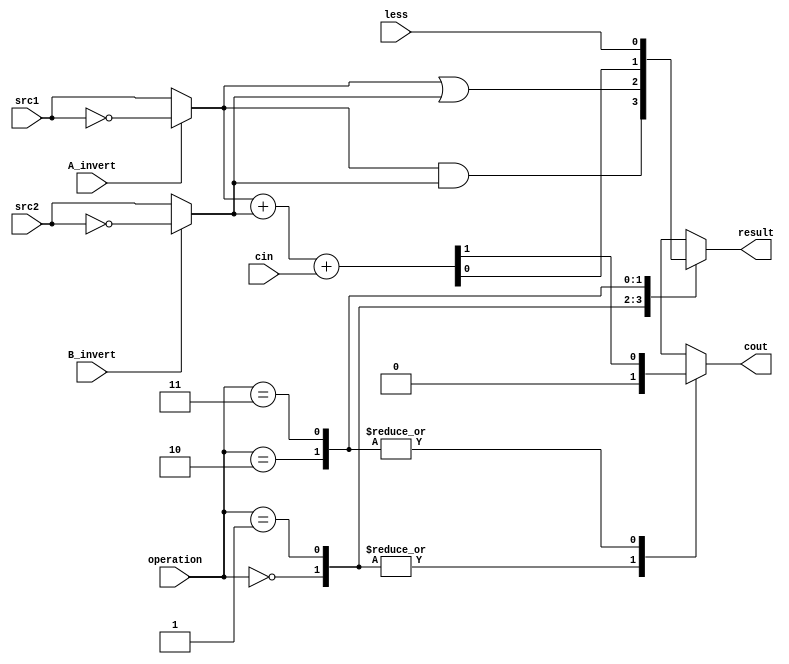
// 109550018
`timescale 1ns/1ps

//////////////////////////////////////////////////////////////////////////////////
// Company: 
// Engineer: 
// 
// Design Name: 
// Module Name:    alu_top 
// Project Name: 
// Target Devices: 
// Tool versions: 
// Description: 
//
// Dependencies: 
//
// Revision: 
// Revision 0.01 - File Created
// Additional Comments: 
//
//////////////////////////////////////////////////////////////////////////////////

module alu_top(
               src1,       //1 bit source 1 (input)
               src2,       //1 bit source 2 (input)
               less,       //1 bit less     (input) 
               A_invert,   //1 bit A_invert (input)
               B_invert,   //1 bit B_invert (input)
               cin,        //1 bit carry in (input)
               operation,  //operation      (input)
               result,     //1 bit result   (output)
               cout       //1 bit carry out(output)
               );

input         src1;
input         src2;
input         less;
input         A_invert;
input         B_invert;
input         cin;
input [2-1:0] operation;

output        result;
output        cout;

// output register
reg           result, cout;
// temp register
reg           src1_temp, src2_temp;
// temp variable
reg           temp;

always@(*) begin
    // deal with the invert of src 
    if (A_invert) 
        src1_temp = ~src1;
    else 
        src1_temp = src1;
    
    if (B_invert) 
        src2_temp = ~src2;
    else 
        src2_temp = src2; 
end

always@( * )
begin
    case(operation)
        2'b00: begin 
            // and -> A & B
            // nor -> ~A & ~B
            result = src1_temp & src2_temp; 
            cout = 0;
        end
        2'b01: begin 
            // or -> A | B
            result = src1_temp | src2_temp;
            cout = 0;
        end
        2'b10: begin 
            // add -> A + B + carry in
            // sub -> A + (~B) + 1 for lsb, A + (~B) + carry in for else bits
            { cout, result } = (src1_temp + src2_temp + cin);
        end
        2'b11: begin 
            // set less than
            result = less;
           { cout, temp } = (src1_temp + src2_temp + cin);
        end
    endcase
   
end

endmodule